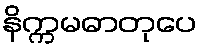
နိက္ကမဓာတုပေ